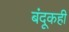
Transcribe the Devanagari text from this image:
बंदूकही